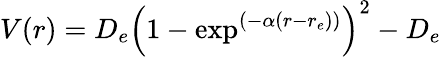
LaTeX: V(r)=D_{e}\left(1-\exp^{(-\alpha(r-r_{e}))}\right)^{2}-D_{e}